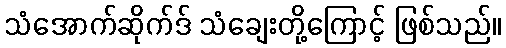
သံအောက်ဆိုက်ဒ် သံချေးတို့ကြောင့် ဖြစ်သည်။